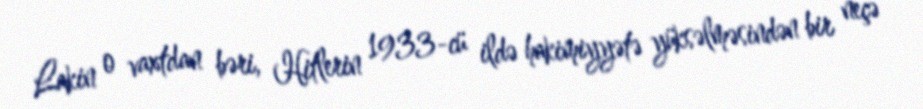
Lakin o vaxtdan bəri, Hitlerin 1933-cü ildə hakimiyyətə yüksəlməsindən bir neçə